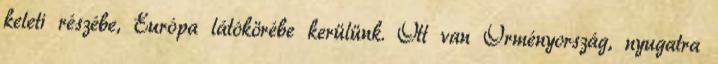
keleti részébe, Európa látókörébe kerülünk. Ott van Örményország, nyugatra